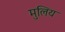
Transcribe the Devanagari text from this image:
मुलिय